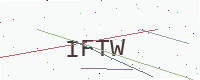
Text: IFTW